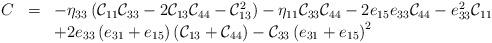
LaTeX: \begin{align*}\begin{array}{rcl}C&=&-\eta_{33}\left({\cal C}_{11}{\cal C}_{33}-2{\cal C}_{13}{\cal C}_{44}-{\cal C}_{13}^2\right)-\eta_{11}{\cal C}_{33}{\cal C}_{44}-2e_{15}e_{33}{\cal C}_{44}-e_{33}^2{\cal C}_{11} \\ &&+2e_{33}\left(e_{31}+e_{15}\right)\left({\cal C}_{13}+{\cal C}_{44}\right)-{\cal C}_{33}\left(e_{31}+e_{15}\right)^2\end{array}\end{align*}